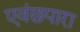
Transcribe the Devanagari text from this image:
एवंछपारा